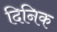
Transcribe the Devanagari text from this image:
दिनिक